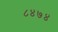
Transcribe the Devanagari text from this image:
८४७४